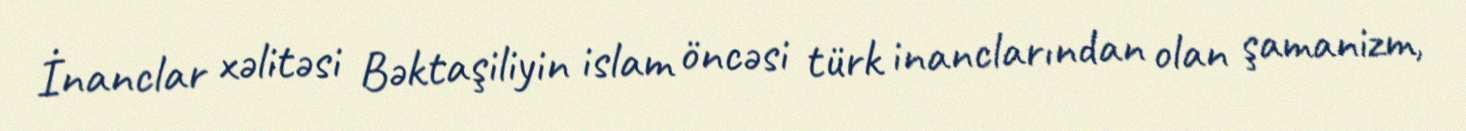
İnanclar xəlitəsi Bəktaşiliyin islam öncəsi türk inanclarından olan şamanizm,